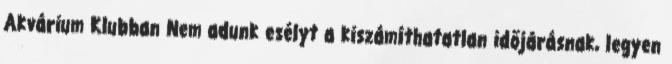
Akvárium Klubban Nem adunk esélyt a kiszámíthatatlan időjárásnak, legyen